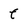
Character: f